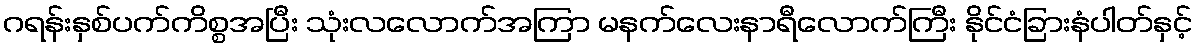
ဂရန်းနှစ်ပက်ကိစ္စအပြီး သုံးလလောက်အကြာ မနက်လေးနာရီလောက်ကြီး နိုင်ငံခြားနံပါတ်နှင့်